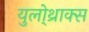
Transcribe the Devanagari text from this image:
युलो्थ्राक्स